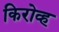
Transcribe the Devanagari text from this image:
किरोव्ह